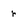
Character: r